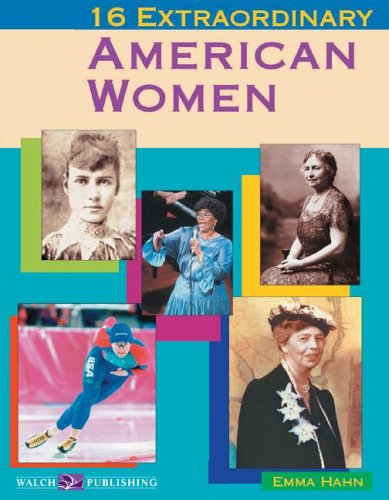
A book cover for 16 Extraordinary American Women (Extraordinary Americans); Emma Hahn; Teen & Young Adult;